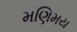
મણિમય